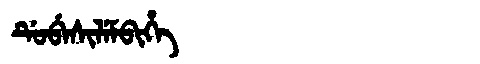
Manchu: ᡩᡠᠪᡝᠰᡳᠯᡝᠮᠪᡳᡥᡝ
Romanization: DUBESILEMBIHE